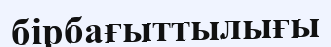
бірбағыттылығы